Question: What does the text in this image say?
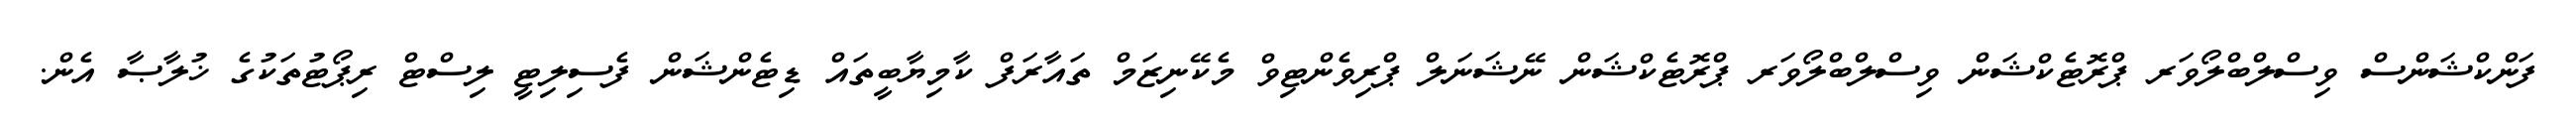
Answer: ފަންކްޝަންސް ވިސްލްބްލޯވަރ ޕްރޮޓެކްޝަން ވިސްލްބްލޯވަރ ޕްރޮޓެކްޝަން ނޭޝަނަލް ޕްރިވެންޓިވް މެކޭނިޒަމް ތައާރަފް ކާމިޔާބީތައް ޑިޓެންޝަން ފެސިލިޓީ ލިސްޓް ރިޕޯޓުތަކުގެ ޚުލާޞާ އެން.